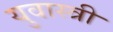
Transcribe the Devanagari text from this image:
युवास्त्री